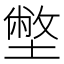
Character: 𡐞